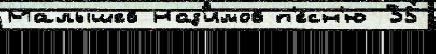
Малышев Наз'имов п'е́сн'ю 35